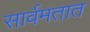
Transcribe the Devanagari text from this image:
सार्वमतात